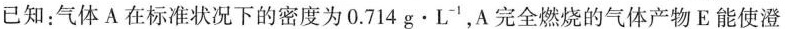
已知：气体A在标准状况下的密度为0.714g·L^{-1}，A完全燃烧的气体产物E能使澄